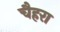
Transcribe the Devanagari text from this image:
चैहरा